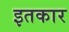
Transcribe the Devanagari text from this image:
इतकार